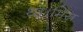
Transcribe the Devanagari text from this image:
था।मिस्र